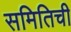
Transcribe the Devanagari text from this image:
समितिची